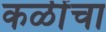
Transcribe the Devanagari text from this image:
कळींचा